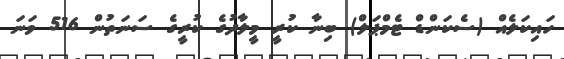
ހައިކަލެއް (ސެކަންޑް ޓެމްޕަލް) ބިނާ ކުރީ މީލާދުގެ ކުރީގެ ސަނަތުން 516 ވަނަ